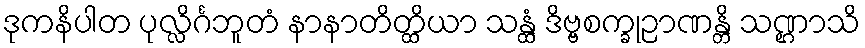
ဒုကနိပါတ ပုလ္လိင်္ဂဘူတံ နာနာတိတ္ထိယာ သန္ထံ ဒိဗ္ဗစက္ခုဉာဏန္တိ သဏ္ဌာသိ